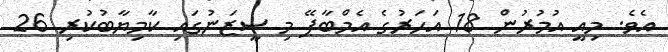
އެވެ. މިއީ އުމުރުން 18 އަހަރުގެ އެމްބާޕޭ މި ސީޒަނުގައި ކާމިޔާބުކުރި 26